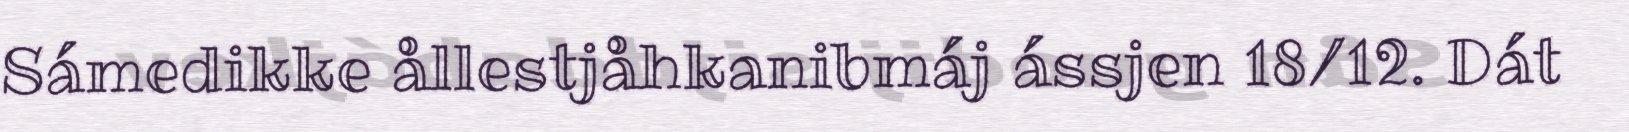
Sámedikke ållestjåhkanibmáj ássjen 18/12. Dát